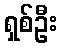
ရှစ်ဦး